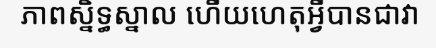
ភាពស្និទ្ធស្នាល ហើយហេតុអ្វីបានជាវា